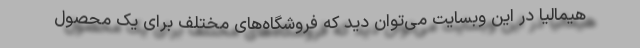
هیمالیا در این وبسایت می‌توان دید که فروشگاه‌های مختلف برای یک محصول